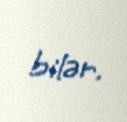
bilər.